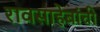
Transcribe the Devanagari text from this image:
रावसाहेबांचीं